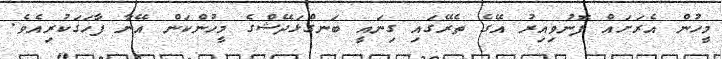
މީހުން އެރަށައް ފޮނުވިއިރު އޭގެ ތެރޭގައި ގިނައީ ބަނގްޅަދޭޝްގެ މީހުންކަން އޭނާ ފާހަގަކުރިއެވެ.